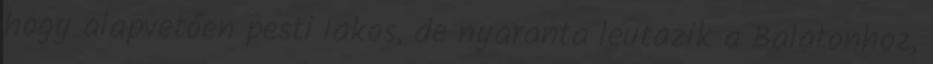
hogy alapvetően pesti lakos, de nyaranta leutazik a Balatonhoz,